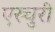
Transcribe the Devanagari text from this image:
एस्चुरी